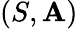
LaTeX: (S,\mathbf{A})